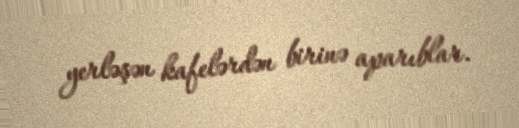
yerləşən kafelərdən birinə aparıblar.